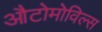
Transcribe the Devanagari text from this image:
औटोमोविल्स